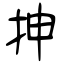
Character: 抻